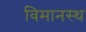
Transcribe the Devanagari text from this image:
विमानस्थ